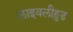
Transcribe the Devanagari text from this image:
लाइवलीहुड